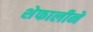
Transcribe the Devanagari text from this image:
शेफालीने